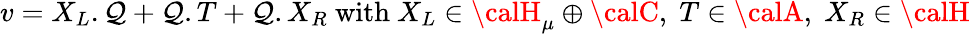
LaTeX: v=X_{L}.\mathcal{Q}+\mathcal{Q}.T+\mathcal{Q}.X_{R}\mathrm{{~with~}}X_{L}\in{\calH}_{\mu}\oplus{\calC},\; T\in{\calA},\; X_{R}\in\calH